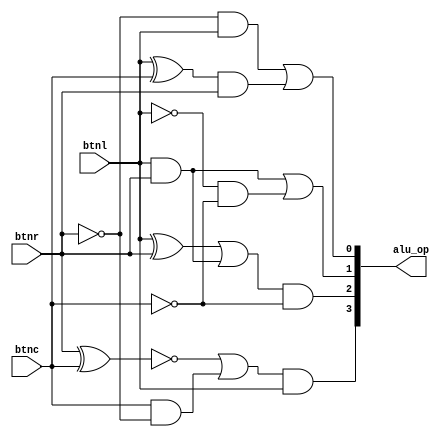
module decoder 
    (output [3:0] alu_op,
    input wire btnl,btnc,btnr);

//alu_op[0]
not(btnr_not,btnr);
and(btnr_not_AND_btnl,btnr_not,btnl);
xor(btnl_XOR_btnc,btnl,btnc);
and(final_and,btnl_XOR_btnc,btnr);
or(alu_op[0],btnr_not_AND_btnl,final_and);

//alu_op[1]
not(btnl_not,btnl);
not(btnc_not,btnc);
and(final_and2,btnl,btnr);
and(final_and3,btnl_not,btnc_not);
or(alu_op[1],final_and2,final_and3);

//alu_op[2]
xor(btnl_XOR_btnr,btnl,btnr);
and(btnr_AND_btnl,btnr,btnl);
or(final_or1,btnl_XOR_btnr,btnr_AND_btnl);
and(alu_op[2],final_or1,btnc_not);

//alu_op[3]
xnor(btnr_XNOR_btnc,btnr,btnc);
and(final_and4,btnc,btnr_not);
or(final_or2,btnr_XNOR_btnc,final_and4);
and(alu_op[3],final_or2,btnl);

endmodule